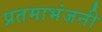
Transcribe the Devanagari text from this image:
प्रतमाभंजनी